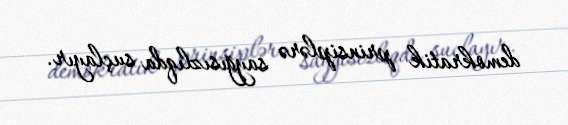
demokratik prinsiplərə sayğısızlıqda suçlayır.